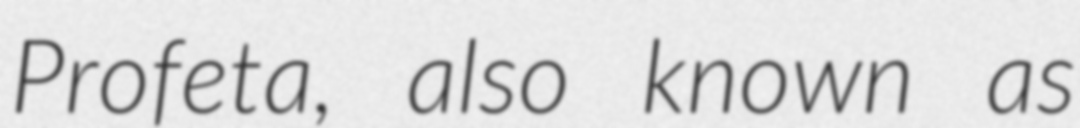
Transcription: Profeta, also known as